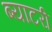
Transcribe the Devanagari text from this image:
ब्याटरी